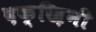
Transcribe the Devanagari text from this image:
दक्ख़िनी